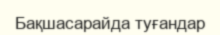
Бақшасарайда туғандар